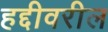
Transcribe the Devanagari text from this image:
हद्दीवरील